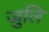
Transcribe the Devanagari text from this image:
जुलि